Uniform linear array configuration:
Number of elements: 8
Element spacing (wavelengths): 0.5
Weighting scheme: blackman
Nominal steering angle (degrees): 60
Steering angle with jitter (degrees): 60.343
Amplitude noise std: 0.05
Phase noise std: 0.05

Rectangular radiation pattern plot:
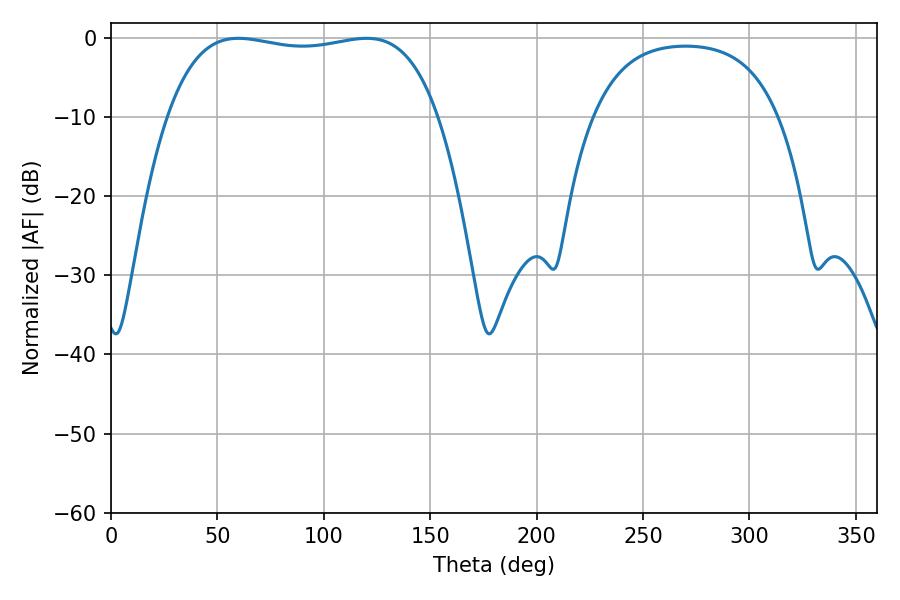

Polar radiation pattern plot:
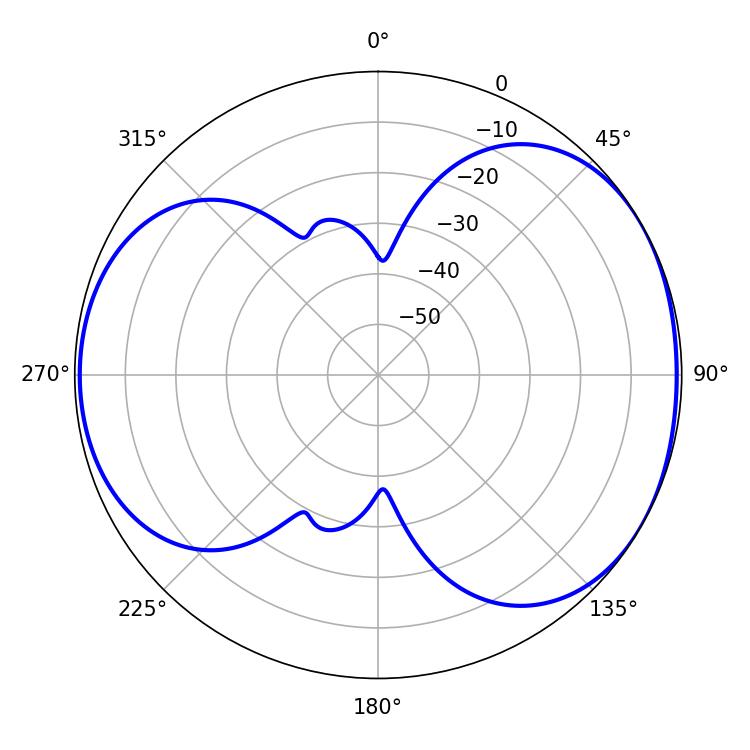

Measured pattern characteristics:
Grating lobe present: FALSE
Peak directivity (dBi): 4.819
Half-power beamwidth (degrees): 101.88
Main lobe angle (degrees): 59.94